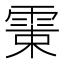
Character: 𩂺